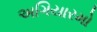
અગિયારમો